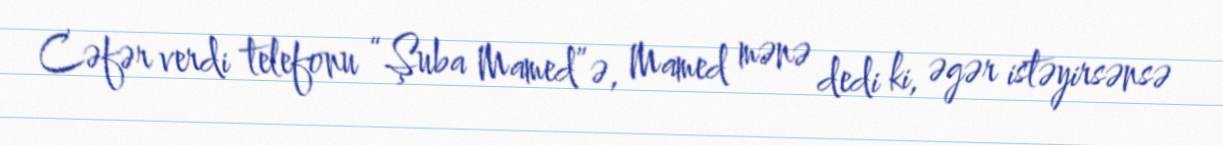
Cəfər verdi telefonu “Şuba Mamed”ə, Mamed mənə dedi ki, əgər istəyirsənsə